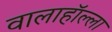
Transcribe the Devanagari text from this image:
वालाहाॅल्ला